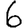
Digit: 6